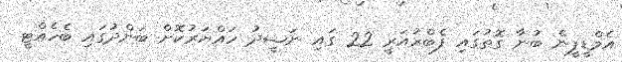
އެމްޑީޕީން ބުނާ ގޮތުގައި ފެބްރުއަރީ 22 ގައި ނަޝީދު ހައްޔަރުކޮށް ބަންދުގައި ބެހެއްޓީ